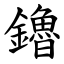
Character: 鑥